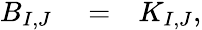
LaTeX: \begin{array}{rlr}{B_{I,J}}&{{}=}&{K_{I,J},}\end{array}